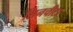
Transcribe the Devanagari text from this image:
सिनचीटा